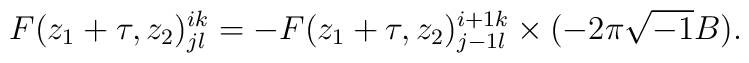
F(z_1 +\tau ,z_2 )^{ik}_{jl}=-F(z_1 +\tau ,z_2 )^{i+1 k}_{j-1 l}\times (-2\pi \sqrt{-1}B).